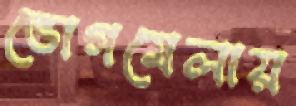
ভোগমেলায়